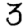
Digit: 3